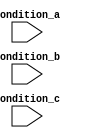
module parallel_case_statement (
    input wire condition_a,
    input wire condition_b,
    input wire condition_c
);

reg result;

always @* begin
    case ({condition_a, condition_b, condition_c})
        3'b000: result <= 1'b0; // Code block 1
        3'b001: result <= 1'b1; // Code block 2
        3'b010: result <= 1'b0; // Code block 3
        3'b011: result <= 1'b1; // Code block 4
        default: result <= 1'bx; // Default case
    endcase
end

endmodule